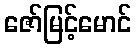
ဇော်မြင့်မောင်